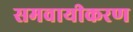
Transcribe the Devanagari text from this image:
समवायीकरण